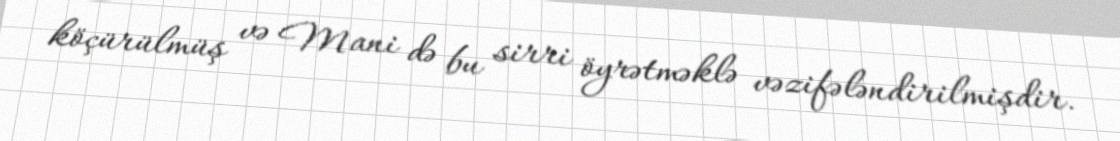
köçürülmüş və Mani də bu sirri öyrətməklə vəzifələndirilmişdir.